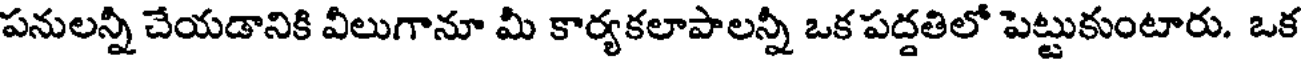
పనులన్నీ చేయడానికి వీలుగానూ మీ కార్యకలాపాలన్నీ ఒక పద్దతిలో పెట్టుకుంటారు. ఒక